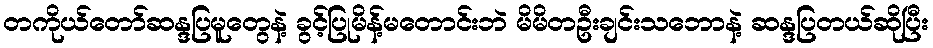
တကိုယ်တော်ဆန္ဒပြမူတွေနဲ့ ခွင့်ပြုမိန့်မတောင်းဘဲ မိမိတဦးချင်းသဘောနဲ့ ဆန္ဒပြတယ်ဆိုပြီး